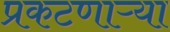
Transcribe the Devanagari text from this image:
प्रकटणाऱ्या